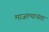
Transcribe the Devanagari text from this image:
माजल्यानंतर